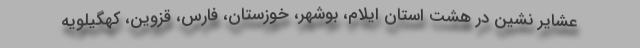
عشایر نشین در هشت استان ایلام، بوشهر، خوزستان، فارس، قزوین، کهگیلویه